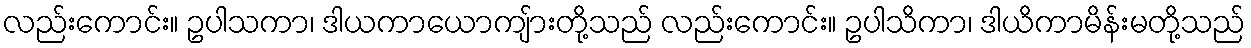
လည်းကောင်း။ ဥပါသကာ၊ ဒါယကာယောကျ်ားတို့သည် လည်းကောင်း။ ဥပါသိကာ၊ ဒါယိကာမိန်းမတို့သည်